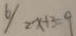
2 x + 3 = 9